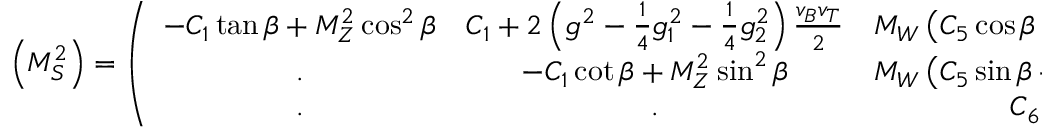
\left( M _ { S } ^ { 2 } \right) = \left( \begin{array} { c c c } { { - C _ { 1 } \tan { \beta } + M _ { Z } ^ { 2 } \cos ^ { 2 } { \beta } } } & { { C _ { 1 } + 2 \left( g ^ { 2 } - \frac { 1 } { 4 } g _ { 1 } ^ { 2 } - \frac { 1 } { 4 } g _ { 2 } ^ { 2 } \right) \frac { v _ { B } v _ { T } } { 2 } } } & { { M _ { W } \left( C _ { 5 } \cos { \beta } + C _ { 4 } \sin { \beta } \right) } } \\ { { . } } & { { - C _ { 1 } \cot { \beta } + M _ { Z } ^ { 2 } \sin ^ { 2 } { \beta } } } & { { M _ { W } \left( C _ { 5 } \sin { \beta } + C _ { 4 } \cos { \beta } \right) } } \\ { { . } } & { { . } } & { { C _ { 6 } } } \end{array} \right) .